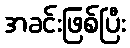
အခင်းဖြစ်ပြီး